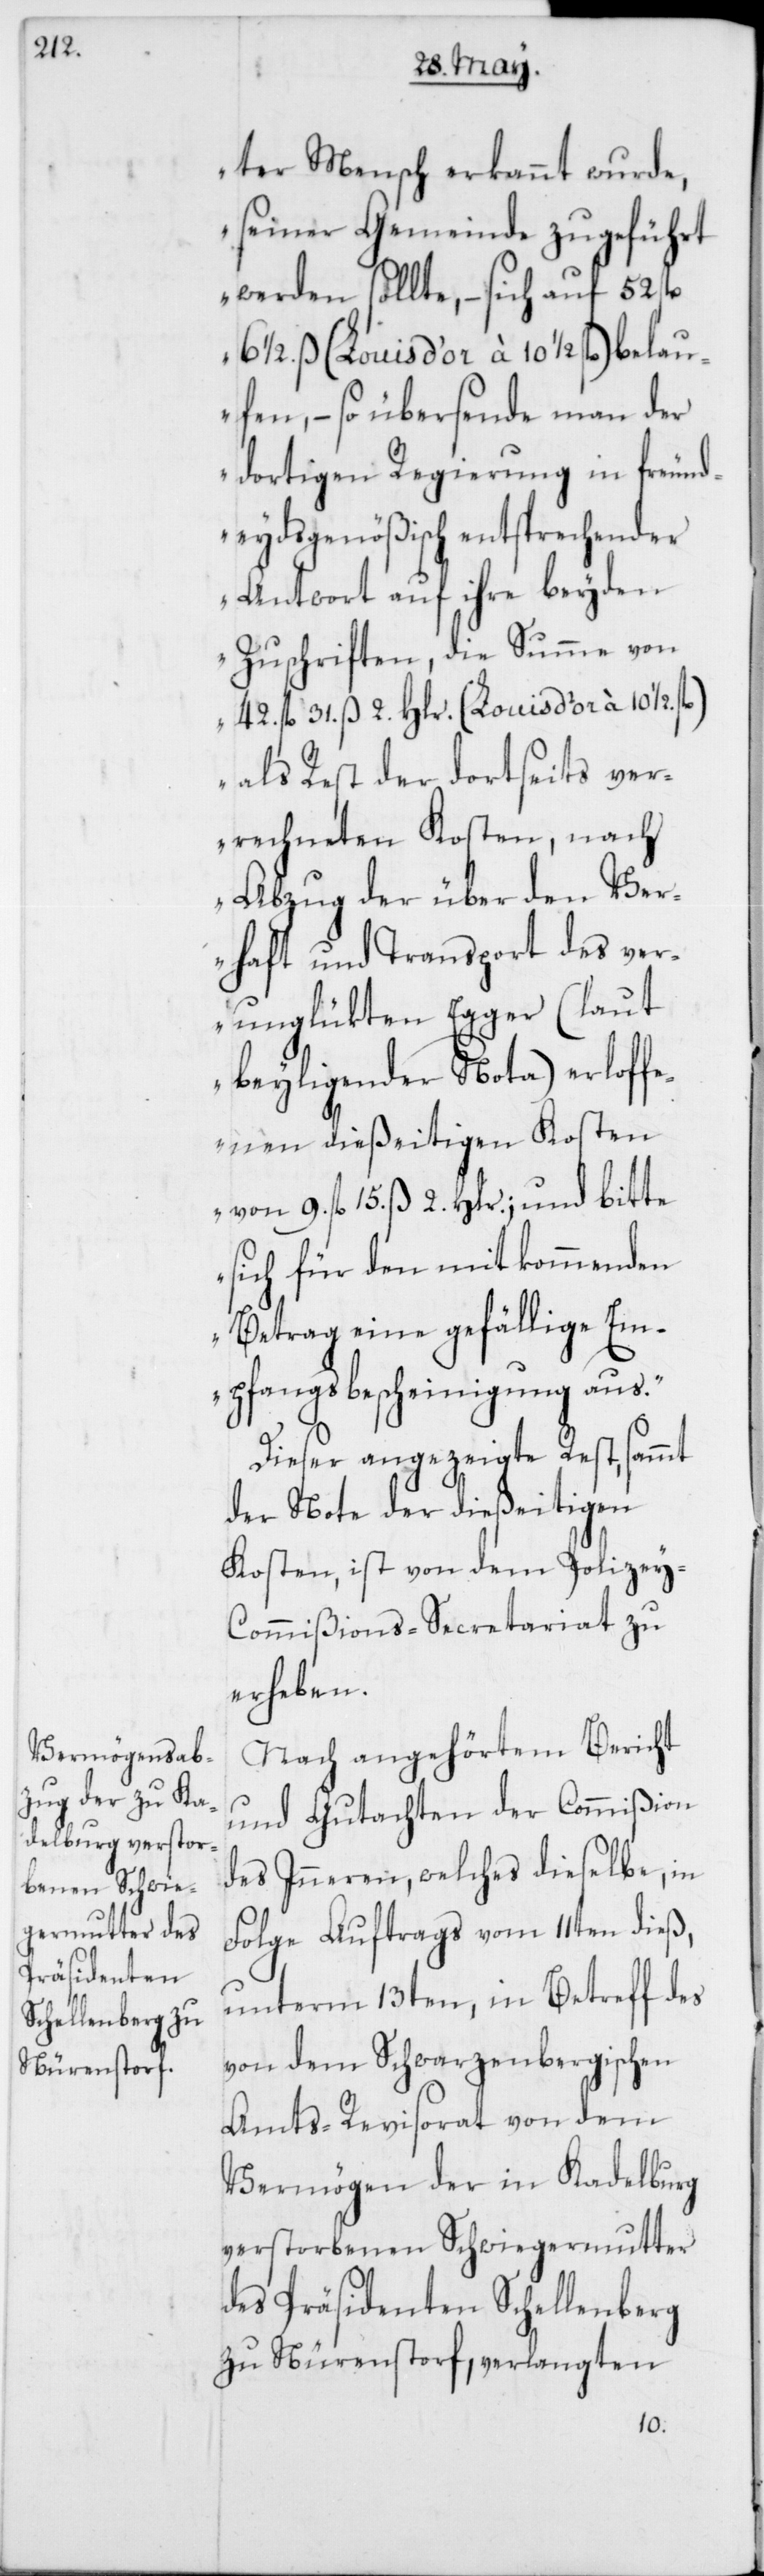
ter Mensch erkannt wurde,
seiner Gemeinde zugeführt
werden sollte, – sich auf 52 fl.
61/2. ß (Louis d’or à 101/2 fl.) belau¬
fen, – so übersende man der
dortigen Regierung in freund¬
eydsgenößisch entsprechender
Antwort auf ihre beyden
Zuschriften, die Summe von
42. fl. 31. ß 2. Hlr. (Louis d’or à 101/2.
als Rest der dortseits ver¬
rechneten Kosten, nach
Abzug der über den Ver¬
haft und Transport des ver¬
unglükten Egger (laut
beyligender Nota) erloffe¬
nen dießeitigen Kosten
von 9. fl. 15. ß 2. Hlr.; und bitte
sich für den mitkommenden
Betrag eine gefällige Em¬
pfangsbescheinigung aus.“
Dieser angezeigte Rest sammt
der Note der dießeitigen
Kosten, ist von dem Polizey-C¬
ommißions-Secretriat zu
erheben.
Nach angehörtem Bericht
und Gutachten der Commißion
des Inneren, welches dieselbe, in
Folge Auftrags vom 11ten dieß,
unterm13ten, in Betreff des
von dem Schwarzenbergischen
Amts-Revisorat von dem
Vermögen der in Kadelburg
verstorbenen Schwiegermutter
des Präsidenten Schellenberg
zu Nürenstorf, verlangten